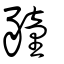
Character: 䝑